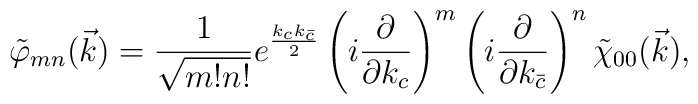
\tilde \varphi_{mn}(\vec k) =                   \frac{1}{\sqrt{m! n!}} e^{\frac{k_c k_{\bar c}}{2}}                     \left( i \frac{\partial}{\partial k_c} \right)^m                     \left( i \frac{\partial}{\partial k_{\bar c}} \right)^n                  \tilde \chi_{00}(\vec k),